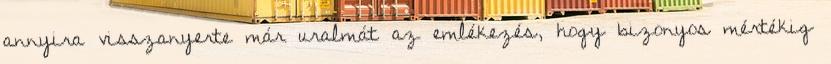
annyira visszanyerte már uralmát az emlékezés, hogy bizonyos mértékig